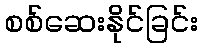
စစ်ဆေးနိုင်ခြင်း